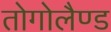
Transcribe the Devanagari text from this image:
तोगोलैण्ड